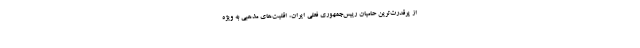
از پرقدرت‌ترين حاميان رييس‌جمهوري فعلي ايران، اقليت‌هاي مذهبي به ويژه